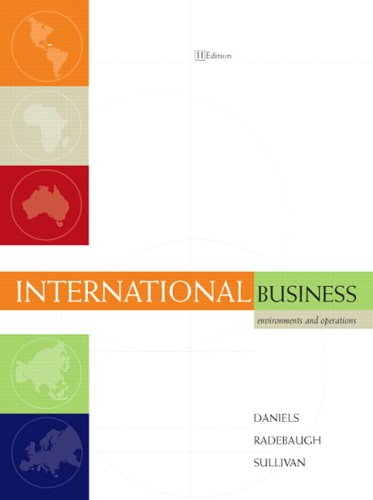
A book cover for International Business: Environments and Operations (11th Edition); John Daniels; Business & Money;